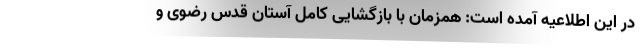
در این اطلاعیه آمده است: همزمان با بازگشایی کامل آستان قدس رضوی و